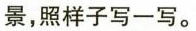
景，照样子写一写。